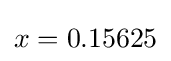
x=0.15625